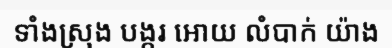
ទាំងស្រុង បង្ករ អោយ លំបាក់ យ៉ាង